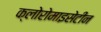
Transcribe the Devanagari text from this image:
क्लोरोमाइसेटीन